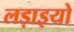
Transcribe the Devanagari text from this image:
लड़ाइयो